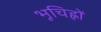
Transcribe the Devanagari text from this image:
भूचिह्नों